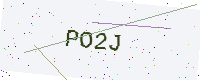
Text: PO2J